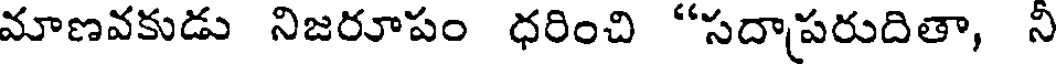
మాణవకుడు నిజరూపం ధరించి "సదాపరుదితా, నీ